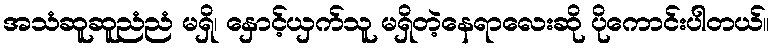
အသံဆူဆူညံညံ မရှိ၊ နှောင့်ယှက်သူ မရှိတဲ့နေရာလေးဆို ပိုကောင်းပါတယ်။